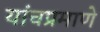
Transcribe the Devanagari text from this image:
यांचप्रमाणे